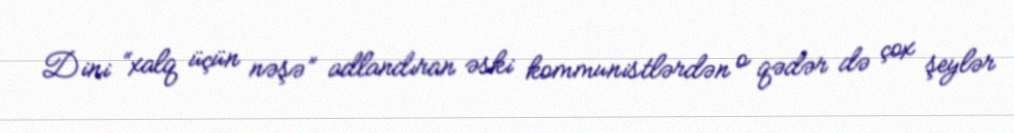
Dini “xalq üçün nəşə” adlandıran əski kommunistlərdən o qədər də çox şeylər